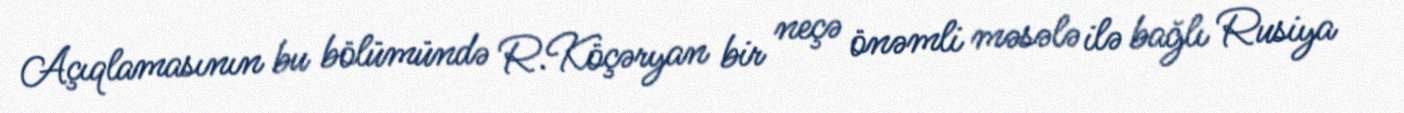
Açıqlamasının bu bölümündə R.Köçəryan bir neçə önəmli məsələ ilə bağlı Rusiya